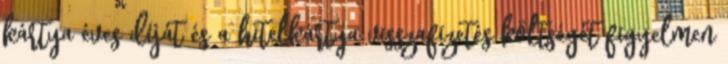
kártya éves díját és a hitelkártya visszafizetés költségét figyelmen